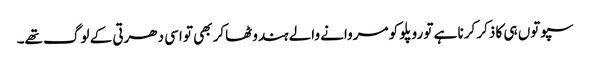
سپوتوں ہی کا ذکر کرنا ہے تو روپلو کو مروانے والے ہندوٹھاکر بھی تو اسی دھرتی کے لوگ تھے۔